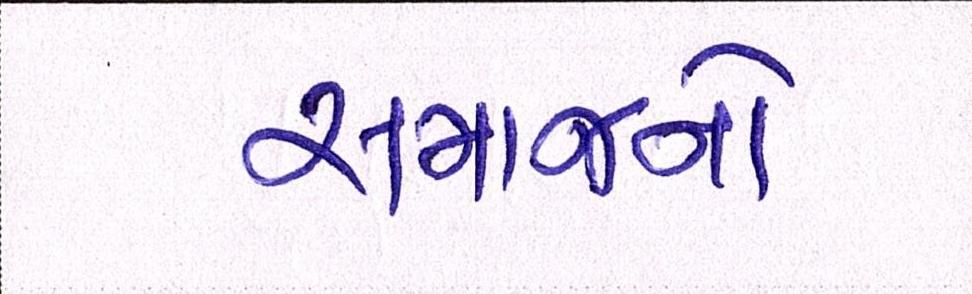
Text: સમાજનો